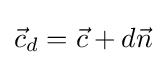
{\vec {c}}_{d}={\vec {c}}+d{\vec {n}}